Annual report on the working of the mental hospitals in the Madras Presidency - 1912-1932
Year: 1912
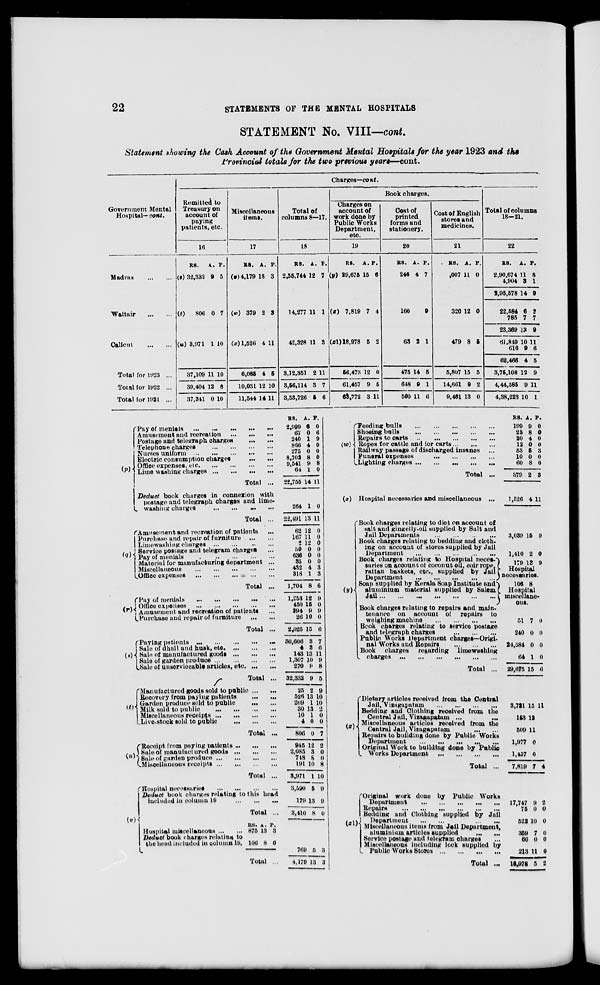
22
STATEMENTS OF THE MENTAL HOSPITALS
STATEMENT No. VIII—cont.
Statement showing the Cash Account of the Government Mental Hospitals for the year 1923 and the
Provincial totals for the two previous years—cont.
Government Mental
Hospital— cont.
Madras
...
...
Waltair
...
...
Calicut
...
...
Total for 1923 ...
Total for 1922 ...
Total for 1921 ...
Charges—cont.
Remitted to
Treasury on
account of
paying
patients, etc.
16
RS.
(s) 32,332
A.
9
P.
5
(t)
806 0 7
(u) 3,971 1 10
37,109
39,404
37,341
11
12
0
10
8
10
Miscellaneous
items.
17
RS.
(v) 4,179
A.
13
P.
3
(w) 379 2 3
(x) 1,526 4 11
6,085
10,031
11,544
4
12
14
5
10
11
Total of
columns 8—17.
18
RS.
2,55,744
A.
12
P.
7
14,277 11 1
42,328 11 3
3,12,351
3,56,114
3,53,726
2
3
5
11
7
6
Book charges.
Charges on
account of
work done by
Public Works
Department,
etc.
19
RS.
(y) 29,675
A.
15
P.
6
(x) 7,819 7 4
(z1) 18,978 5 2
56,473
61,457
63,772
12
9
3
0
5
11
Cost of
printed
forms and
stationery.
20
RS.
246
A.
4
P.
7
166
9
63 2 1
475
648
500
14
9
11
5
1
6
Cost of English
stores and
medicines.
21
RS.
1,007
A.
11
P.
0
320 12 0
479 8 5
5,807
14,661
9,461
15
9
13
5
2
0
Total of columns
18—21.
22
RS.
2,90,674
4,904
2,95,578
22,584
785
23,369
61,849
616
62,466
3,75,108
4,44,585
4,38,223
A.
11
3
14
6
7
13
10
9
4
12
9
10
P.
8
1
9
2
7
9
11
6
5
9
11
1
(p) Pay of menials
...
...
...
...
...
Amusement and recreation
...
...
...
Postage and telegraph
charges
...
...
Telephone charges
...
...
...
...
Nurses uniform
...
...
...
...
...
Electric consumption charges
...
...
Office expenses,
etc.
...
...
...
...
Lime washing charges
...
...
...
...
Total ...
Deduct book charges in connexion with
postage and telegraph charges and lime-
washing charges
...
...
...
...
Total ...
(q)
Amusement and recreation of patients ...
Purchase and repair of furniture
...
...
Limewashing charges
...
...
...
...
Service postage and telegram charges ...
Pay of menials
...
...
...
...
...
Material for manufacturing department ...
Miscellaneous
...
...
...
...
...
Office expenses
...
...
...
...
...
Total ...
(r) Pay of menials
...
...
...
...
...
Office expenses
...
...
...
...
...
Amusement and recreation of patients ...
Purchase and repair of furniture
...
...
Total ...
(x) Paying patients
...
...
...
...
...
Sale of dhall and husk, etc.
...
...
...
Sale of manufactured goods
...
...
...
Sale of garden produce
...
...
...
...
Sale of unserviceable articles, etc. ... ...
Total ...
(t) Manufactured goods sold to public ... ...
Recovery from paying patients
...
...
Garden produce sold to public
...
...
Milk sold to
public
...
...
...
...
Miscellaneous receipts
...
...
...
...
Live-stock sold to public
...
...
...
Total ...
(n)
Receipt from paying patients
...
...
...
Sale of manufactured goods
...
...
...
Sale of garden produce
...
...
...
...
Miscellaneous receipts
...
...
...
...
Total ...
RS.
2,999
67
240
866
275
8,702
9,541
64
22,755
264
22,491
62
167
2
50
636
35
432
318
1,704
1,253
450
294
26
2,025
30,606
4
143
1,307
270
32,332
25
526
209
30
10
4
806
945
2,085
748
191
3,971
A.
6
0
1
4
0
8
9
1
14
1
13
12
11
12
0
0
0
4
1
8
12
15
9
10
15
3
3
13
10
9
9
2
13
1
13
1
0
0
12
3
8
10
1
P.
0
6
9
0
0
0
8
0
11
0
11
0
0
0
0
0
0
3
3
6
9
0
9
0
6
7
6
11
9
8
5
9
10
10
2
0
0
7
2
0
0
8
10
(v) Hospital necessaries ... ... ... ...
Deduct book charges relating to this head
included in column 19
...
...
...
Total ...
Hospital miscellaneous
...
...
Deduct book charges relating to
the head included in column 19.
RS.
875
106
A.
13
8
P.
3
0
Total ...
3,590
179
3,410
5
13
8
9
9
0
769
4,179
5
13
3
3
(w)
Feeding bulls ... ... ... ... ...
Shoeing bulls
...
...
...
...
...
Repairs to carts
...
...
...
...
...
Ropes for cattle and for carts
...
...
...
Railway passage of discharged insanes ...
Funeral expenses
...
...
...
...
Lighting charges
...
...
...
...
...
Total ...
(x) Hospital necessaries and miscellaneous ...
RS.
199
23
20
12
53
10
60
379
1,526
A.
9
8
4
0
5
0
8
2
4
P.
0
0
0
0
3
0
0
3
11
(y)
Book charges relating to diet on account of
salt and gingelly-oil supplied by Salt and
Jail Departments ... ... ... ...
Book charges relating to bedding and cloth-
ing on account of stores supplied by Jail
Department
...
...
...
...
...
Book charges relating to Hospital neces-
saries on account of coconut oil, coir rope,
rattan baskets, etc., supplied by Jail
Department
...
...
...
...
...
Soap supplied by Kerala Soap Institute and
aluminium material supplied by Salem
Jail
...
...
...
...
...
...
...
Book charges relating to repairs and main-
tenance on account of repairs to
weighing machine
...
...
...
...
Book charges relating to service postage
and telegraph
charges
...
...
...
Public Works Department charges—Origi-
nal Works and Repairs
...
...
...
Book
charges
regarding
limewashing
charges
...
...
...
...
...
...
Total ...
3,039
1,410
179
15
2
13
9
0
9
Hospital
necessaries.
106 8
Hospital
miscellane-
ous
51
240
24,584
64
29,675
7
0
0
1
15
0
0
0
0
6
(z) Dietary articles received from the Central
Jail, Vizagapatam
...
...
...
...
Bedding and Clothing received from the
Central Jail, Vizagapatam ... ...
Miscellaneous articles received from the
Central Jail, Vizagapatam
...
...
Repairs to building done by Public Works
Department
...
...
...
...
...
Original Work to building done by Public
Works Department
...
...
...
...
Total ...
3,721
153
509
1,977
1,457
7,819
15
12
11
0
0
7
11
4
(z1)
Original work done by Public Works
Department
...
...
...
...
...
Repairs
...
...
...
...
...
...
Bedding and Clothing supplied by Jail
Department
...
...
...
...
Miscellaneous items from Jail Department,
aluminium articles supplied
...
...
Service postage and telegram charges ...
Miscellaneous including look supplied by
Public Works Stores
...
...
...
...
Total ...
17,747
75
522
359
60
213
18,978
9
0
10
7
0
11
5
2
0
0
0
0
0
2